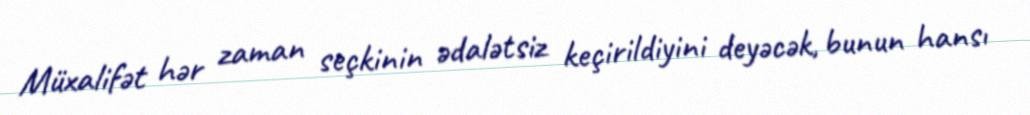
Müxalifət hər zaman seçkinin ədalətsiz keçirildiyini deyəcək, bunun hansı